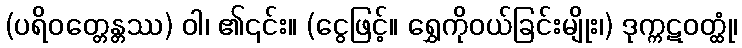
(ပရိဝတ္တေန္တဿ) ဝါ၊ ၏၎င်း။ (ငွေဖြင့်။ ရွှေကိုဝယ်ခြင်းမျိုး၊) ဒုက္ကဋဝတ္ထုံ၊